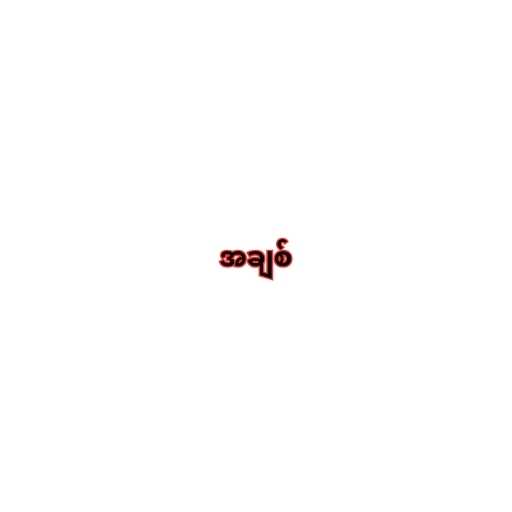
အချစ်